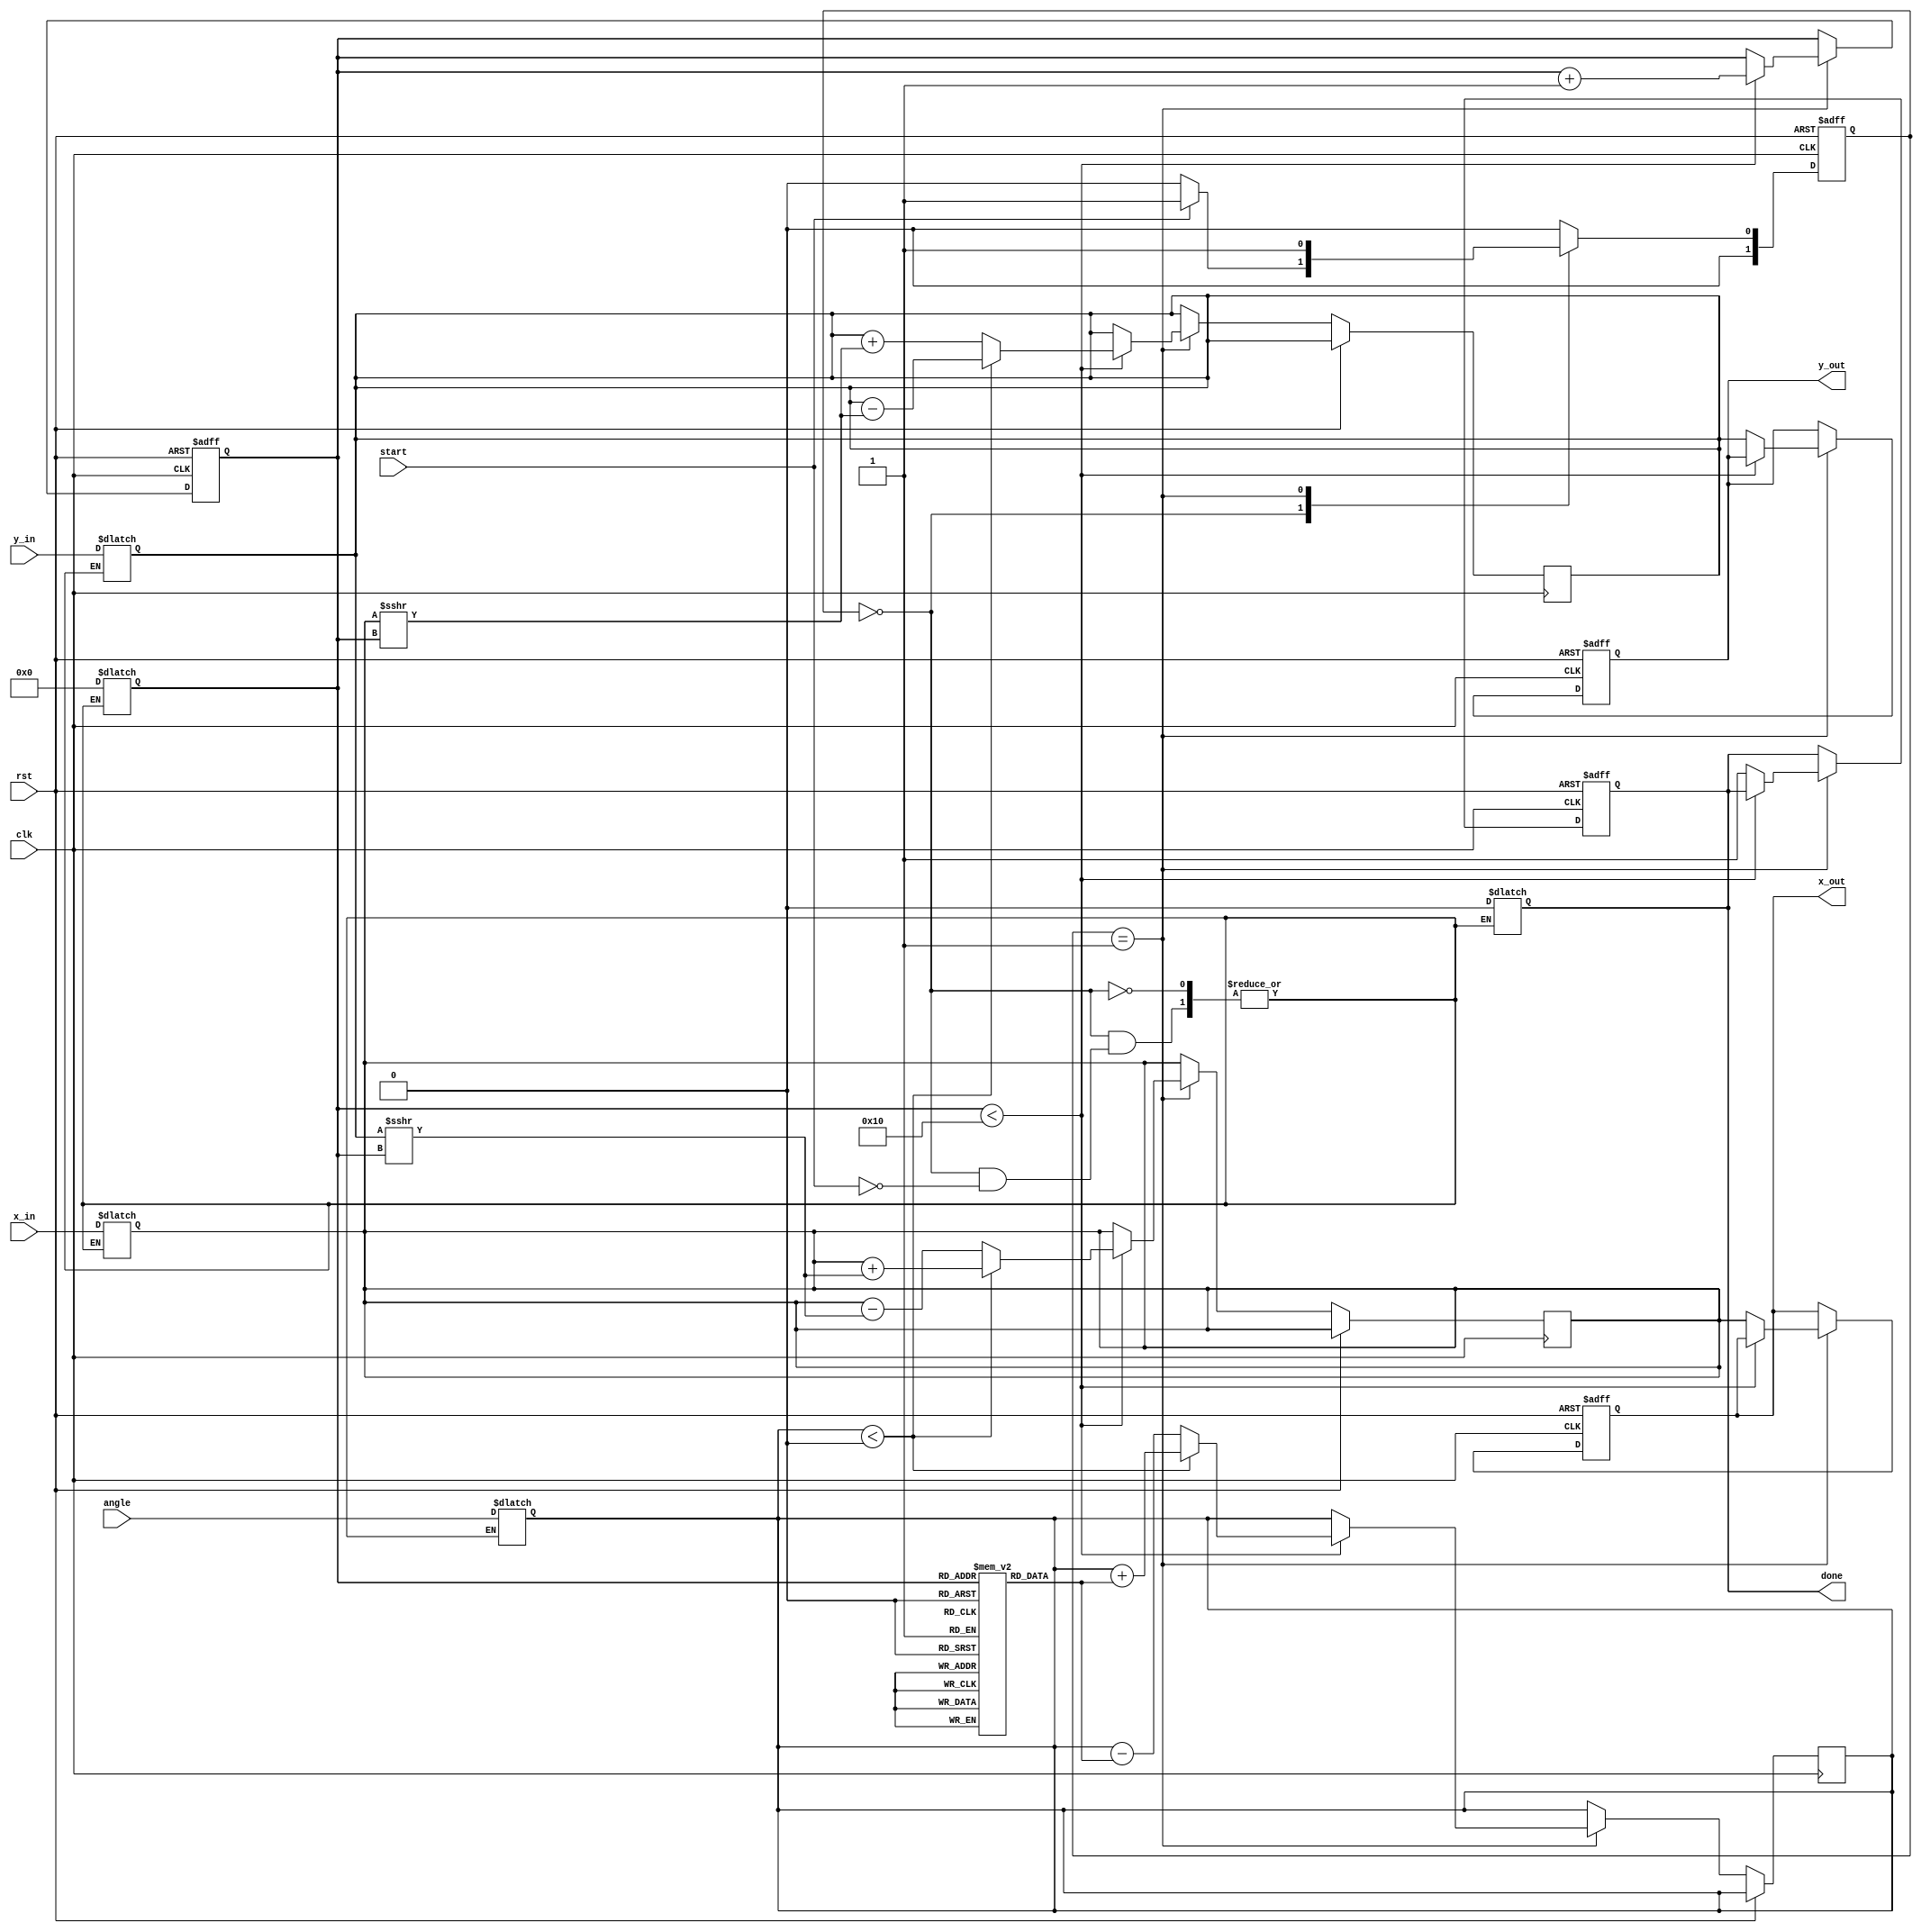
module cordic_fixed_point #(parameter N = 16,   // Number of iterations
                             parameter WIDTH = 16, // Width of input and output
                             parameter LUT_WIDTH = 16) // Width of LUT
(
    input wire clk,
    input wire rst,
    input wire start,
    input wire signed [WIDTH-1:0] angle, // Fixed-point angle input
    input wire signed [WIDTH-1:0] x_in,  // Input x
    input wire signed [WIDTH-1:0] y_in,  // Input y
    output reg signed [WIDTH-1:0] x_out, // Output x
    output reg signed [WIDTH-1:0] y_out, // Output y
    output reg done
);

    // CORDIC lookup table for atan(2^-i) values
    reg signed [LUT_WIDTH-1:0] atan_table [0:N-1];
    initial begin
        // Pre-computed atan values (scaled by a factor; adjust the scale as needed)
        atan_table[0] = 16'h3243; // atan(1)
        atan_table[1] = 16'h1DAC; // atan(0.5)
        atan_table[2] = 16'h0F12; // atan(0.25)
        // ... Fill in all values for i=2 to N-1
    end

    // States for FSM
    localparam IDLE = 2'b00,
               COMPUTE = 2'b01,
               DONE = 2'b10;

    reg [1:0] state, next_state;
    reg [3:0] iteration;
    reg signed [WIDTH-1:0] x_reg, y_reg, z_reg;

    always @(posedge clk or posedge rst) begin
        if (rst) begin
            state <= IDLE;
            x_out <= 0;
            y_out <= 0;
            done <= 0;
            iteration <= 0;
        end else begin
            state <= next_state;
            if (state == COMPUTE) begin
                if(iteration < N) begin
                    // Perform rotation
                    if (z_reg < 0) begin
                        x_reg <= x_reg + (y_reg >>> iteration); // y/2^iter
                        y_reg <= y_reg - (x_reg >>> iteration); // x/2^iter
                        z_reg <= z_reg + atan_table[iteration];
                    end else begin
                        x_reg <= x_reg - (y_reg >>> iteration);
                        y_reg <= y_reg + (x_reg >>> iteration);
                        z_reg <= z_reg - atan_table[iteration];
                    end
                    iteration <= iteration + 1;
                end else begin
                    x_out <= x_reg;
                    y_out <= y_reg;
                    done <= 1;
                end
            end
        end
    end

    always @(*) begin
        case(state)
            IDLE: begin
                if (start) begin
                    x_reg = x_in;
                    y_reg = y_in;
                    z_reg = angle;
                    iteration = 0;
                    next_state = COMPUTE;
                    done = 0;
                end else begin
                    next_state = IDLE;
                end
            end
            COMPUTE: begin
                next_state = COMPUTE;
            end
            DONE: begin
                next_state = IDLE;
            end
            default: next_state = IDLE;
        endcase
    end

endmodule